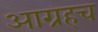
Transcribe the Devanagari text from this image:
आग्रहच